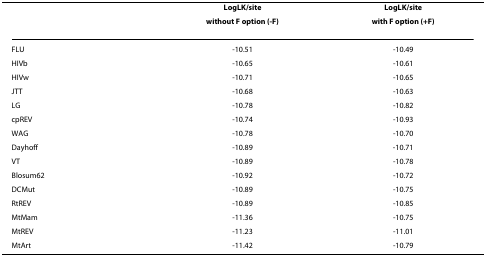
|  | LogLK/site | LogLK/site |
 |  | without F option (-F) | with F option (+F) |
 | --- | --- | --- |
 | FLU | -10.51 | -10.49 |
 | HIVb | -10.65 | -10.61 |
 | HIVw | -10.71 | -10.65 |
 | JTT | -10.68 | -10.63 |
 | LG | -10.78 | -10.82 |
 | cpREV | -10.74 | -10.93 |
 | WAG | -10.78 | -10.70 |
 | Dayhoff | -10.89 | -10.71 |
 | VT | -10.89 | -10.78 |
 | Blosum62 | -10.92 | -10.72 |
 | DCMut | -10.89 | -10.75 |
 | RtREV | -10.89 | -10.85 |
 | MtMam | -11.36 | -10.75 |
 | MtREV | -11.23 | -11.01 |
 | MtArt | -11.42 | -10.79 |